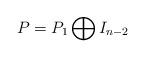
LaTeX: \begin{align*}P = P_1 \bigoplus I_{n-2}\end{align*}